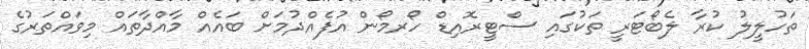
ތަހުލީލު ކުރާ ލެބޯޓަރީ ތަކުގައި ސްޓީރޮއިޑް ހޯރމޯން އުފެއްދުމަށް ބައެއް މާއްދާތައް މިވައްތަރުގެ